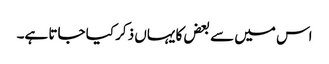
اس میں سے بعض کا یہاں ذکر کیا جاتا ہے۔